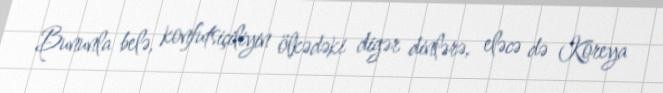
Bununla belə, konfutsiçiliyin ölkədəki digər dinlərə, eləcə də Koreya